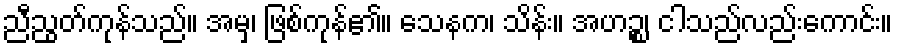
ညီညွတ်ကုန်သည်။ အမှ၊ ဖြစ်ကုန်၏။ သေနက၊ သိန်း။ အဟဉ္စ၊ ငါသည်လည်းကောင်း။